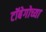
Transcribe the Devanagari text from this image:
टॉबेगोच्या